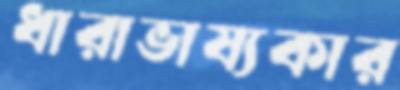
ধারাভাষ্যকার